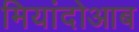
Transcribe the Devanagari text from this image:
मियांदोआब